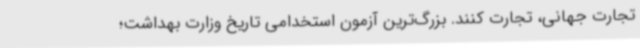
تجارت جهانی، تجارت کنند. بزرگ‌ترین آزمون استخدامی تاریخ وزارت بهداشت؛